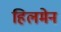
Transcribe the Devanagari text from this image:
हिलमेन